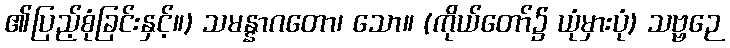
၏ပြည့်စုံခြင်းနှင့်။) သမန္နာဂတော၊ သော။ (ကိုယ်တော်၌ ယုံမှားပုံ) သဗ္ဗဉေ